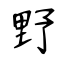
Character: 野